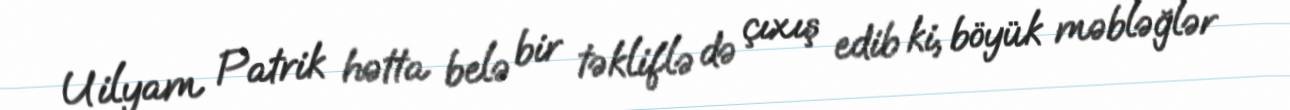
Uilyam Patrik hətta belə bir təkliflə də çıxış edib ki, böyük məbləğlər